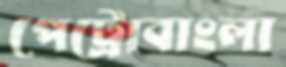
পেট্রোবাংলা